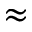
\approx